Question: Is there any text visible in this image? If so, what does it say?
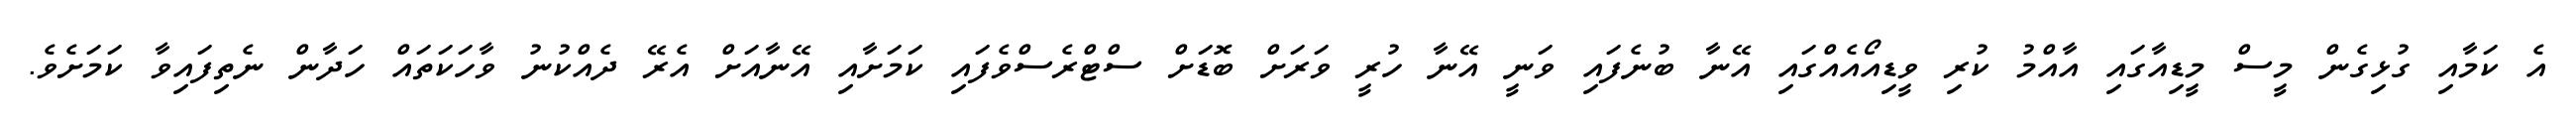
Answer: އެ ކަމާއި ގުޅިގެން މީސް މީޑިއާގައި އާއްމު ކުރި ވީޑިއޯއެއްގައި އޭނާ ބުނެފައި ވަނީ އޭނާ ހުރީ ވަރަށް ބޮޑަށް ސްޓްރެސްވެފައި ކަމަށާއި އޭނާއަށް އެރޭ ދެއްކުނު ވާހަކަތައް ހަދާން ނެތިފައިވާ ކަމަށެވެ.